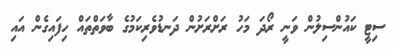
ސިޓީ ކައުންސިލުން ވަނީ ރޯދަ މަހު ރަށްރަށުން ދަނޑުވެރިކަމުގެ ބާވަތްތައް ހިފައިގެން އައި